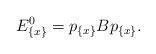
\begin{align*} E^0_{ \{ x \} } = p_{ \{ x \} } B p_{ \{ x \} }.\end{align*}